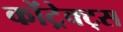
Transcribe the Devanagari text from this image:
कोंट्रेक्ट्स